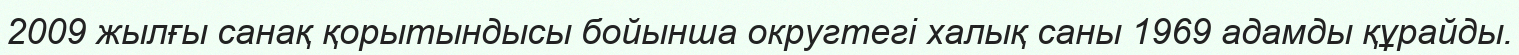
2009 жылғы санақ қорытындысы бойынша округтегі халық саны 1969 адамды құрайды.